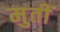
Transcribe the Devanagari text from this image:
मुतीं